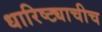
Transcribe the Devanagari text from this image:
धारिष्ट्याचीच